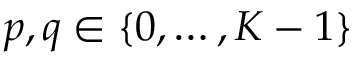
p , q \in \{ 0 , \ldots , K - 1 \}